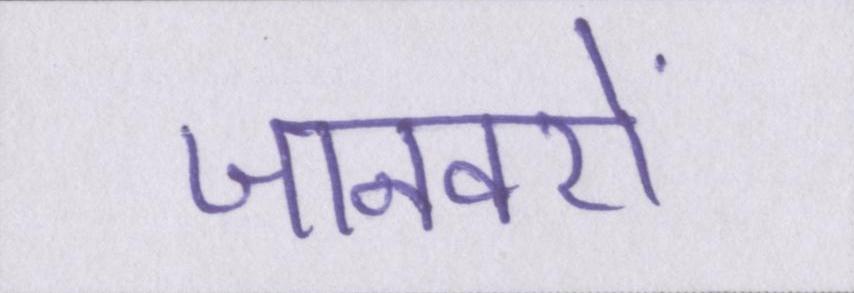
जानवरों